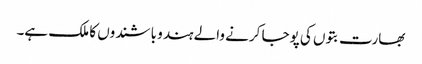
بھارت بتوں کی پوجا کرنے والے ہندو باشندوں کا ملک ہے۔